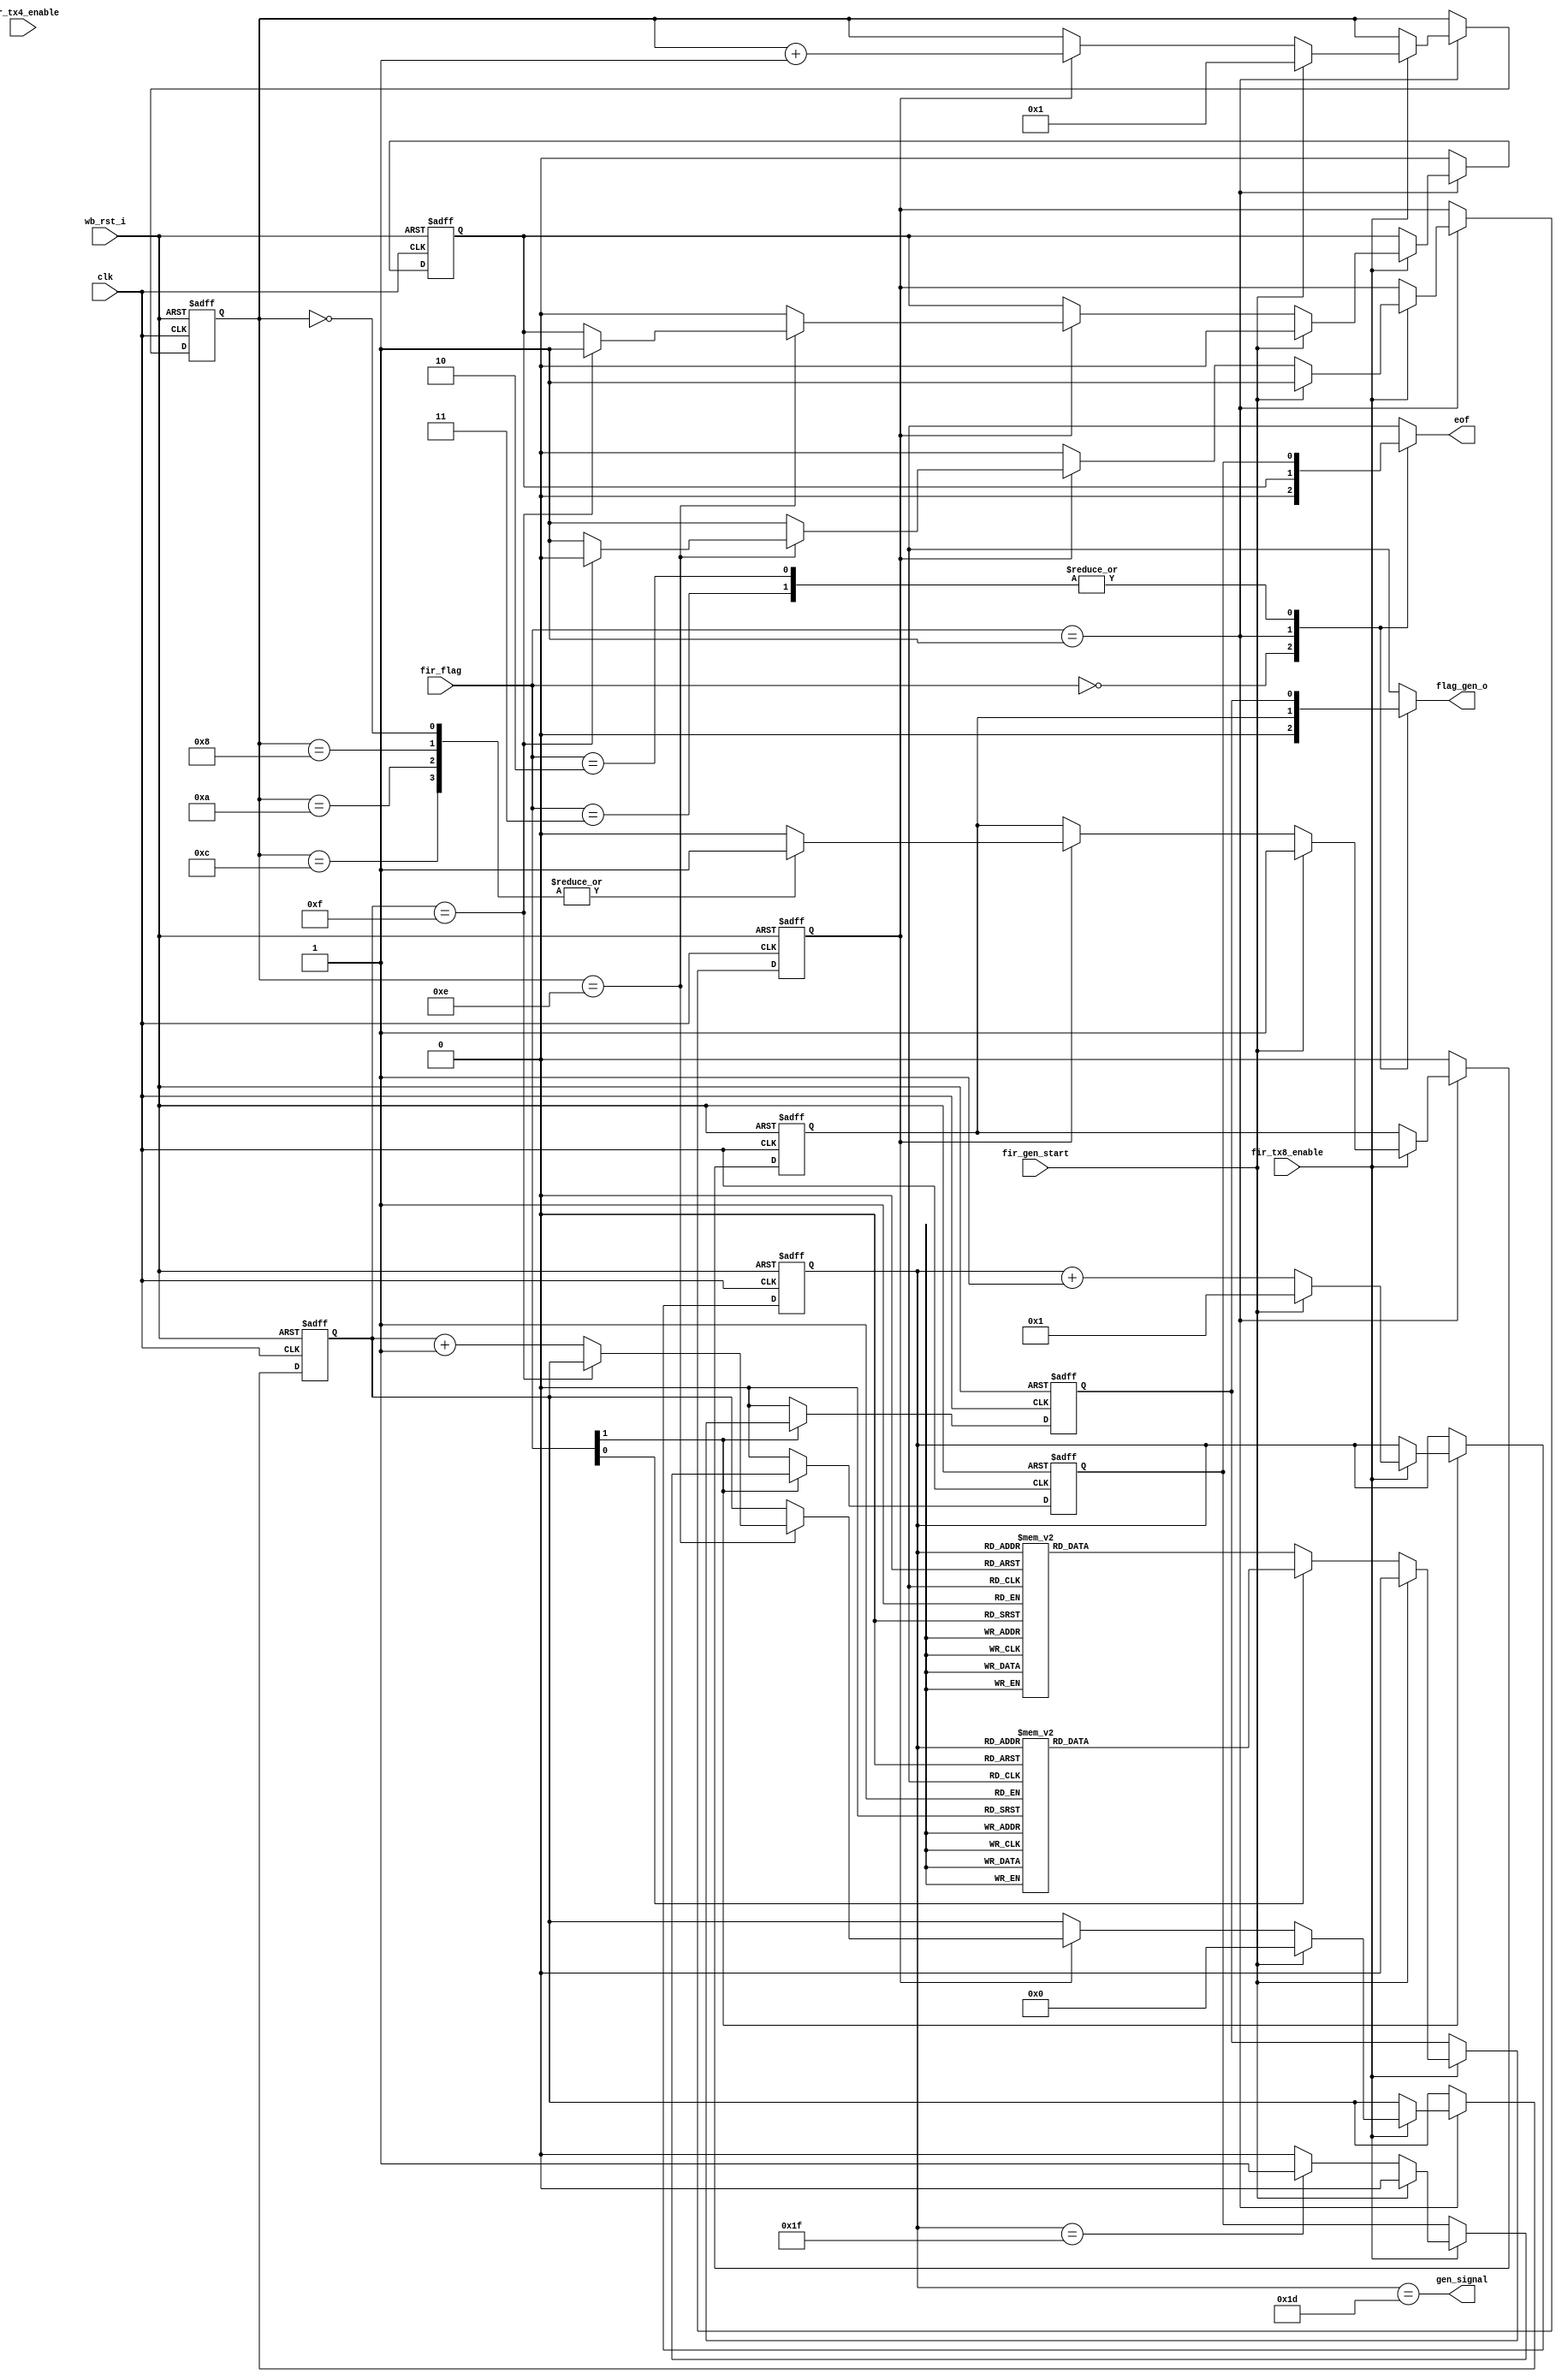
module irda_fir_flag_gen (clk, wb_rst_i, fir_tx4_enable, fir_tx8_enable,
		fir_gen_start, fir_flag, flag_gen_o, eof, gen_signal);
// generates PA/STA/STO flags
// fir_flag == 00 => 0 constant
// fir_flag == 01 => PA
// fir_flag == 10 => STA
// fir_flag == 11 => STO

input			clk;
input			wb_rst_i;
input			fir_tx8_enable;
input			fir_tx4_enable;
input			fir_gen_start;
input [1:0]	fir_flag;

output		flag_gen_o;
output		eof;  // end of flag signal
output		gen_signal;

// mux outputs (not from flip flop)
reg			flag_gen_o;
reg			eof;

// internal registers
wire	[1:0]	fir_flag;
//reg	[1:0]	flag;  // current flag
//reg			start; // start flag

wire [1:0]	flag = fir_flag;
//wire			start = ;

// internal signals logic
//always @(posedge clk or posedge wb_rst_i)
//begin
//	if (wb_rst_i) begin
//		flag <= #1 2'b00;
//		start <= #1 0;
//	end else if (fir_tx4_enable && fir_gen_start) begin
//		flag <= #1 fir_flag;
//		start <= #1 1;
//	end
//	else
//		start <= #1 0;
//end

// PA flag logic
reg	pa;
reg	[3:0] pa_symbol_count;
reg	pa_end;
reg	sending_pa;
reg	[3:0] count16;

always @(posedge clk or posedge wb_rst_i)
begin
	if (wb_rst_i) begin
		pa <= #1 0;
		pa_symbol_count <= #1 0;
		pa_end <= #1 0;
		sending_pa <= #1 0;
		count16 <= #1 0;
	end else begin
		if (flag == 2'b01) begin
			if (fir_tx8_enable) begin
				if (/*fir_tx8_enable &&  fir_tx4_enable && */ fir_gen_start) begin
					pa <= #1 1;
					pa_symbol_count <= #1 1;				
					pa_end <= #1 0;
					sending_pa <= #1 1;
					count16 <= #1 0;
				end else if (sending_pa)begin
					case (pa_symbol_count)
						0,8,10,12 : pa <= #1 1;
						default : pa <= #1 0;
					endcase
					if (pa_symbol_count == 14) begin
						if (count16 == 15) begin  
							pa_end <= #1 1;
							sending_pa <= #1 0;
						end else begin
							count16 <= #1 count16 + 1;
						end
					end
					else
						pa_end <= #1 0;
					pa_symbol_count <= pa_symbol_count + 1;
				end // start
			end // fir_tx8_enable
		end else begin// flag == 2'b01
			pa <= #1 0;
			pa_end <= #1 0;
		end
	end
end

// STx flags logic
reg	st;
reg	[4:0] st_symbol_count;
reg	st_end;

always @(posedge clk or posedge wb_rst_i)
begin
	if (wb_rst_i) begin
		st <= #1 0;
		st_symbol_count <= #1 0;
		st_end <= #1 0;
	end else begin
		if (flag[1] == 1'b1) begin
			if (fir_tx8_enable) begin // STA or STO
				if (/*fir_tx8_enable && fir_tx4_enable &&*/ fir_gen_start) begin
					st <= #1 0;
					st_symbol_count <= #1 1;		
					st_end <= #1 0;
				end else begin
					if (flag[0] == 1'b0)  // STA
						case (st_symbol_count)
							4,5,12,13,17,18,25,26 : st <= #1 1;
							default : st <= #1 0;
						endcase
					else // STO
						case (st_symbol_count)
							4,5,12,13,21,22,29,30 : st <= #1 1;
							default : st <= #1 0;
						endcase
					if (st_symbol_count == 31)
						st_end <= #1 1;
					else
						st_end <= #1 0;
					st_symbol_count <= st_symbol_count + 1;
				end // start
			end // fir_tx8_enable
		end else begin // flag[1] == 1'b1
			st_end <= #1 0;
			st <= #1 0;
		end
	end
end

assign gen_signal = (st_symbol_count == 29); // ppm_restart is sent 3 clocks before STA ends

// flag generator stream output
always @(flag or st or pa)
	case (flag)
		2'b00 : flag_gen_o = 0;
		2'b01 : flag_gen_o = pa;
		2'b10,
		2'b11 : flag_gen_o = st;
	endcase

// flag generator end of flag output
reg tmp_eof;
always @(flag or st_end or pa_end)
	case (flag)
		2'b00 : tmp_eof = 0;
		2'b01 : tmp_eof = pa_end;
		2'b10,
		2'b11 : tmp_eof = st_end;
	endcase

// eof signal is held for one 4Mhz clock
// needed because tmp_eof is held for 8Mhz clock period only
//always @(posedge clk or posedge wb_rst_i)
//	if (wb_rst_i)
//		eof <= #1 0;
//	else if (fir_tx8_enable)
//		eof <= #1 tmp_eof;

always @(tmp_eof)
begin
	eof = tmp_eof;
end


endmodule